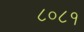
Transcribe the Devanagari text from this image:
८०८१